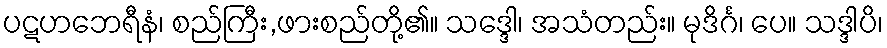
ပဋဟဘေရီနံ၊ စည်ကြီး,ဖားစည်တို့၏။ သဒ္ဒေါ၊ အသံတည်း။ မုဒိင်္ဂ၊ ပေ။ သဒ္ဒါပိ၊